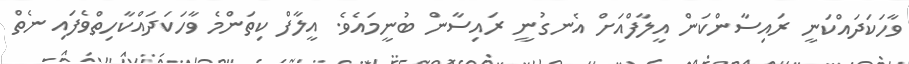
ވާހަކަދައްކަނީ ރައިސާންކަން އީލާފްއަށް އެނގުނީ ރައިސާން ބުނީމައެވެ. އީލާފް ކިތަންމެ ވާހަކަދައްކާހިތްވެފައި ނެތް